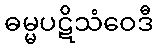
ဓမ္မပဋိသံဝေဒီ